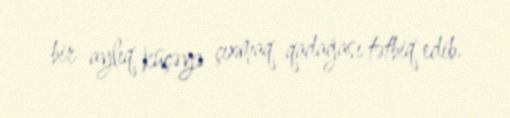
bir aylıq küçəyə çıxmaq qadağası tətbiq edib.